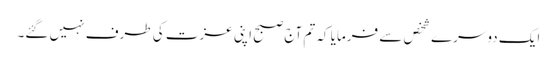
ایک دوسرے شخص سے فرمایا کہ تم آج صبح اپنی عزت کی طرف نہیں گئے۔